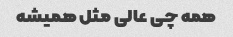
همه چی عالی مثل همیشه